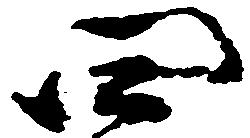
四